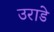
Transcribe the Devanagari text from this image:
उराडे